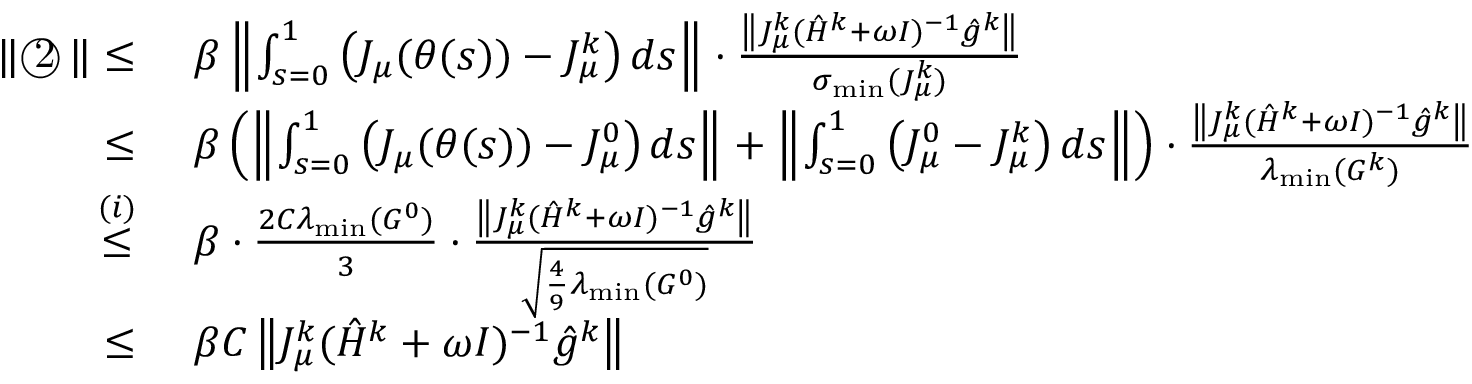
\begin{array} { r l } { \| \textcircled { 2 } \| \leq } & { \ \beta \left\| \int _ { s = 0 } ^ { 1 } \left( J _ { \mu } ( \theta ( s ) ) - J _ { \mu } ^ { k } \right) d s \right\| \cdot \frac { \left\| J _ { \mu } ^ { k } ( \hat { H } ^ { k } + \omega I ) ^ { - 1 } \hat { g } ^ { k } \right\| } { \sigma _ { \operatorname* { m i n } } ( J _ { \mu } ^ { k } ) } } \\ { \leq } & { \ \beta \left( \left\| \int _ { s = 0 } ^ { 1 } \left( J _ { \mu } ( \theta ( s ) ) - J _ { \mu } ^ { 0 } \right) d s \right\| + \left\| \int _ { s = 0 } ^ { 1 } \left( J _ { \mu } ^ { 0 } - J _ { \mu } ^ { k } \right) d s \right\| \right) \cdot \frac { \left\| J _ { \mu } ^ { k } ( \hat { H } ^ { k } + \omega I ) ^ { - 1 } \hat { g } ^ { k } \right\| } { \lambda _ { \operatorname* { m i n } } ( G ^ { k } ) } } \\ { \overset { ( i ) } { \leq } } & { \ \beta \cdot \frac { 2 C \lambda _ { \operatorname* { m i n } } ( G ^ { 0 } ) } { 3 } \cdot \frac { \left\| J _ { \mu } ^ { k } ( \hat { H } ^ { k } + \omega I ) ^ { - 1 } \hat { g } ^ { k } \right\| } { \sqrt { \frac { 4 } { 9 } \lambda _ { \operatorname* { m i n } } ( G ^ { 0 } ) } } } \\ { \leq } & { \ \beta C \left\| J _ { \mu } ^ { k } ( \hat { H } ^ { k } + \omega I ) ^ { - 1 } \hat { g } ^ { k } \right\| } \end{array}